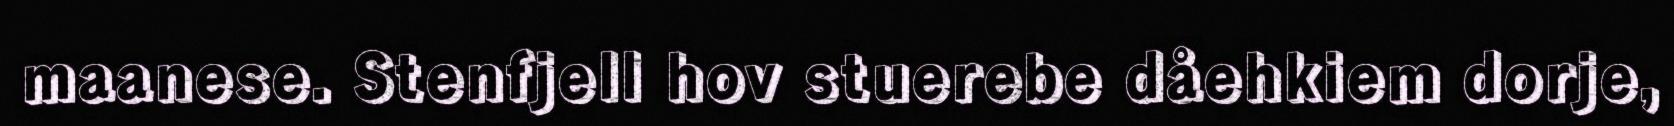
maanese. Stenfjell hov stuerebe dåehkiem dorje,